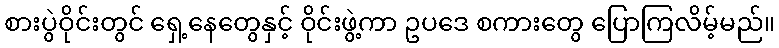
စားပွဲဝိုင်းတွင် ရှေ့နေတွေနှင့် ဝိုင်းဖွဲ့ကာ ဥပဒေ စကားတွေ ပြောကြလိမ့်မည်။